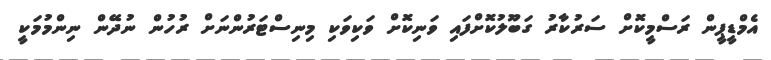
އެމްޑީޕީން ރަސްމީކޮށް ސަރުކާރު ގަބޫލުކޮށްފައި ވަނިކޮށް ވަކިވަކި މިނިސްޓަރުންނަށް ރުހުން ނުދޭން ނިންމުމަކީ